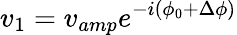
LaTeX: v_{1}=v_{amp}e^{-i\left(\phi_{0}+\Delta\phi\right)}